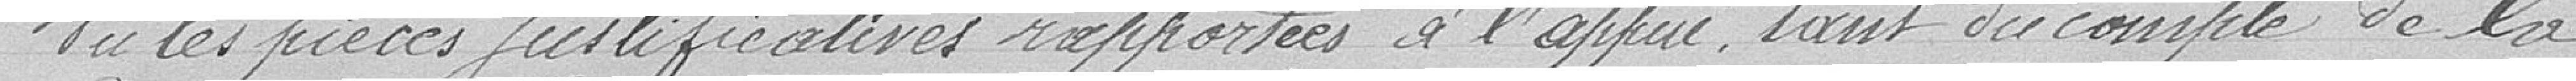
Vu les pièces justificatives rapportées a l'appui, tant du compte de la